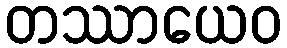
တဿာယေဝ